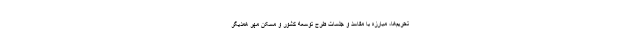
تحریم‌ها، مبارزه با مفاسد و جلسات طرح توسعه کشور و مسکن مهر همدیگر